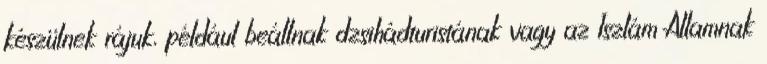
készülnek rájuk, például beállnak dzsihádturistának vagy az Iszlám Államnak